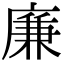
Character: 廉